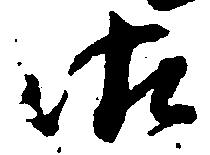
御